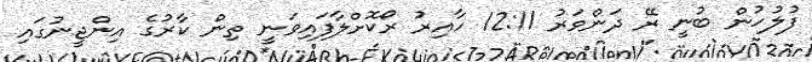
ފުލުހުން ބުނީ ރޭ ދަންވަރު 12:11 ހާއިރު ރޯކޮށްލާފައިވަނީ ތިން ކާރުގެ އިންޖީނުގައި